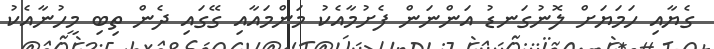
ގެޔާއި ހަމަޔަށް ލޮނުގަނޑު އަންނަން ފެށުމާއެކު މަންމައާއި ގޭގައި ދެން ތިބި މީހުނާއެކު